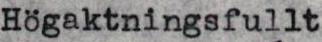
Högaktningsfullt